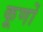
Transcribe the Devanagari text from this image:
कूणों